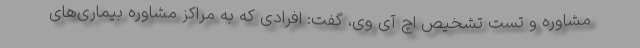
مشاوره و تست تشخیص اچ آی وی، گفت: افرادی که به مراکز مشاوره بیماری‌های